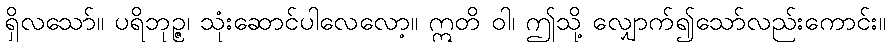
ရှိလသော်။ ပရိဘုဉ္ဇ၊ သုံးဆောင်ပါလေလော့။ ဣတိ ဝါ၊ ဤသို့ လျှောက်၍သော်လည်းကောင်း။